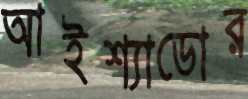
আইশ্যাডোর